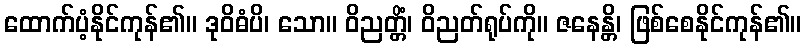
ထောက်ပံ့နိုင်ကုန်၏။ ဒုဝိဓံပိ၊ သော။ ဝိညတ္တိံ၊ ဝိညတ်ရုပ်ကို။ ဇနေန္တိ၊ ဖြစ်စေနိုင်ကုန်၏။